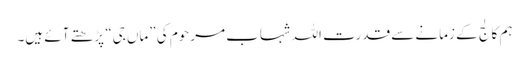
ہم کالج کے زمانے سے قدرت اللہ شہاب مرحوم کی ”ماں جی“ پڑھتے آئے ہیں۔